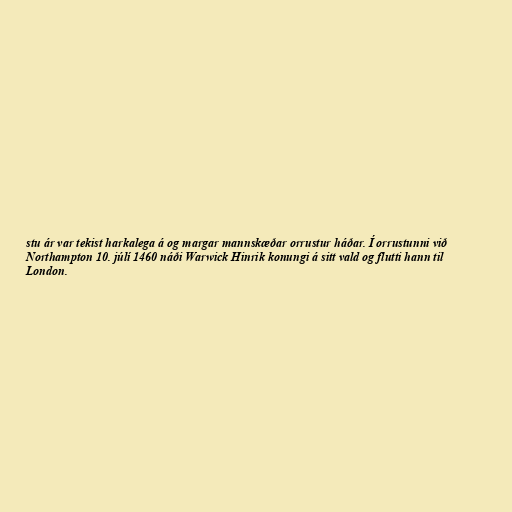
stu ár var tekist harkalega á og margar mannskæðar orrustur háðar. Í orrustunni við
Northampton 10. júlí 1460 náði Warwick Hinrik konungi á sitt vald og flutti hann til
London.